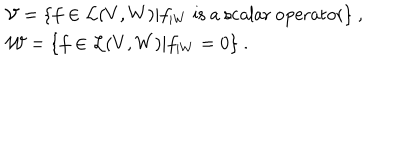
\begin{array} { r c l } { { } } & { { } } & { { { \cal V } = \{ f \in { \cal L } ( V , W ) \vert f _ { | W } ~ \mathrm { i s ~ a ~ s c a l a r ~ o p e r a t o r } \} ~ , } } \\ { { } } & { { } } & { { { \cal W } = \{ f \in { \cal L } ( V , W ) \vert f _ { | W } = 0 \} ~ . } } \\ \end{array}